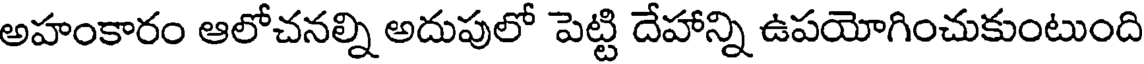
అహంకారం ఆలోచనల్ని అదుపులో పెట్టి దేహాన్ని ఉపయోగించుకుంటుంది